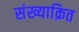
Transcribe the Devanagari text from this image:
संख्याक्रित